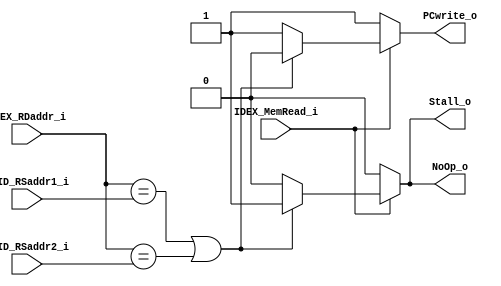
module Hazard(
	IDEX_MemRead_i,
	IDEX_RDaddr_i,

	IFID_RSaddr1_i,
	IFID_RSaddr2_i,

	PCwrite_o,
	Stall_o,
	NoOp_o
);

input IDEX_MemRead_i;
input [4:0] IDEX_RDaddr_i, IFID_RSaddr1_i, IFID_RSaddr2_i;

output reg PCwrite_o, Stall_o, NoOp_o;

always @(IDEX_MemRead_i or IDEX_RDaddr_i or IFID_RSaddr1_i or IFID_RSaddr2_i) begin
	if (!IDEX_MemRead_i) begin
		PCwrite_o <= 1;
		Stall_o <= 0;
		NoOp_o <= 0;
	end
	else begin
		if((IDEX_RDaddr_i == IFID_RSaddr1_i || IDEX_RDaddr_i == IFID_RSaddr2_i)) begin
			PCwrite_o <= 0;
			Stall_o <= 1;
			NoOp_o <= 1; 
		end
		else begin
			PCwrite_o <= 1;
			Stall_o <= 0;
			NoOp_o <= 0;
		end
	end
end

endmodule